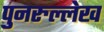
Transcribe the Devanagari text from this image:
पुनरुल्लेख